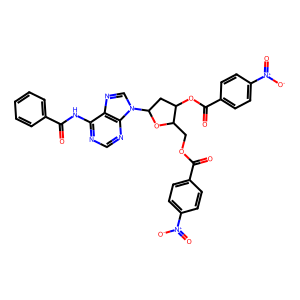
SMILES: O=C(Nc1ncnc2c1ncn2C1CC(OC(=O)c2ccc([N+](=O)[O-])cc2)C(COC(=O)c2ccc([N+](=O)[O-])cc2)O1)c1ccccc1
Inhibits HIV replication: No